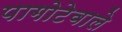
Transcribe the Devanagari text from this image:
पागोटेवाले